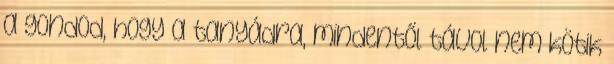
a gondod, hogy a tanyádra, mindentől távol nem kötik